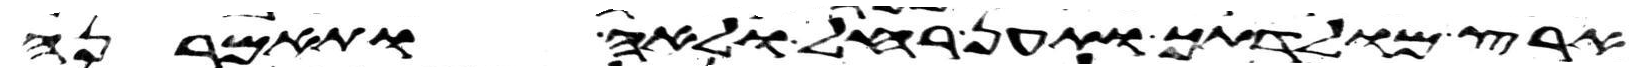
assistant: ארץ מולדתך ותען רחל ולאה ותאמרנה